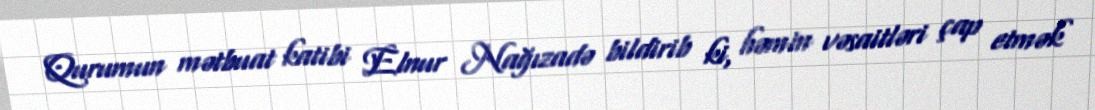
Qurumun mətbuat katibi Elnur Nağızadə bildirib ki, həmin vəsaitləri çap etmək